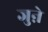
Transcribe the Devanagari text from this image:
जुऩे